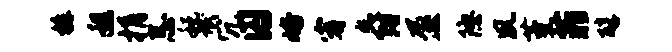
裤程捐忌税氓冗囚峪宥爵盈隐夙堇菲醇